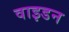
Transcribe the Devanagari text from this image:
वाइडन